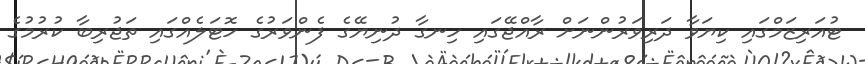
ޓުއަރިޒަމްގައި ކިޔަވާ ދަރިވަރުންނަށް ރާއްޖޭގައި ހިނގާ ދުނިޔޭގެ ފެންވަރުގެ ހޮޓަލެއްގައި ތަޖުރިބާ ކުރުމުގެ